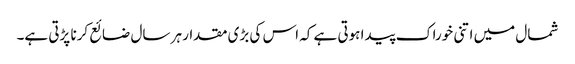
شمال میں اتنی خوراک پیدا ہوتی ہے کہ اس کی بڑی مقدار ہر سال ضائع کرنا پڑتی ہے۔